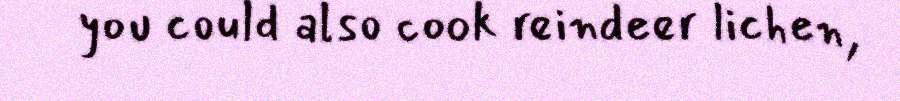
you could also cook reindeer lichen,